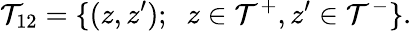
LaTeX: {\cal T}_{12}=\{ (z,z^{\prime});\; \; z\in{\cal T}^{+},z^{\prime}\in{\cal T}^{-}\} .